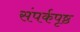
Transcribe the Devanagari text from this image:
संपर्कपृष्ठ